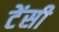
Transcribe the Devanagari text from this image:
टेंसी